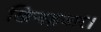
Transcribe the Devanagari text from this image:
खिचड़वार।